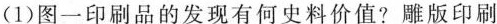
(1)图一印刷品的发现有何史料价值?雕版印刷